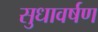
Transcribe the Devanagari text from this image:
सुधावर्षण